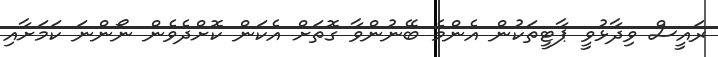
ރައީސް ވިދާޅުވީ ޕާޓީތަކުން އެންމެ ބޭނުންވާ ގޮތަށް އެކަން ކޮށްދެވެން ނޯންނަ ކަމަށާއި